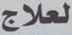
لعلاج